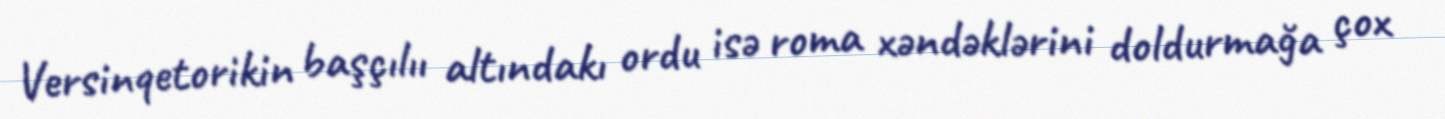
Versinqetorikin başçılıı altındakı ordu isə roma xəndəklərini doldurmağa çox